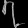
Digit: ၇